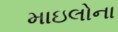
માઇલોના